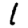
Digit: 1